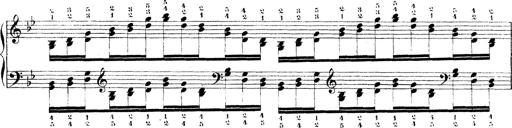
Title: Technische Studien
Composer: Franz Liszt